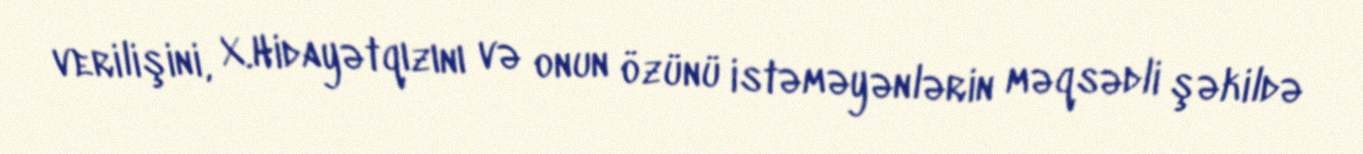
verilişini, X.Hidayətqızını və onun özünü istəməyənlərin məqsədli şəkildə